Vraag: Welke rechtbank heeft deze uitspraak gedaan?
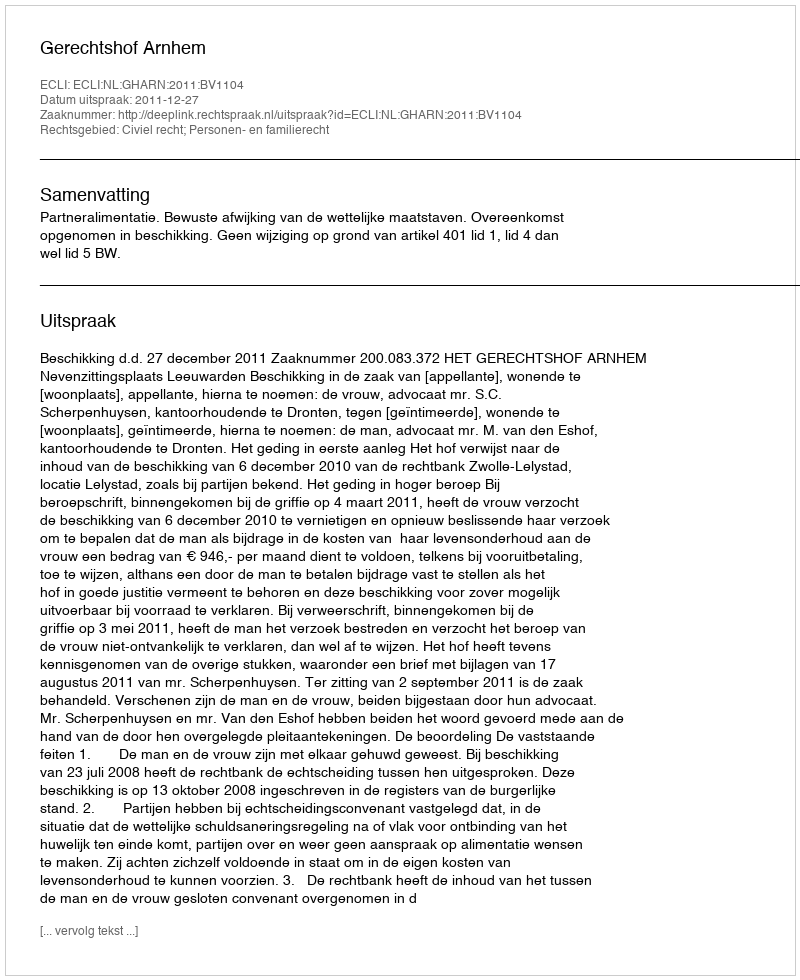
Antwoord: Gerechtshof Arnhem